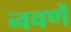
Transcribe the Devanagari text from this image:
नवणें